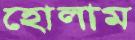
হোলাম